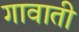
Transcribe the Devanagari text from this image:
गावाती